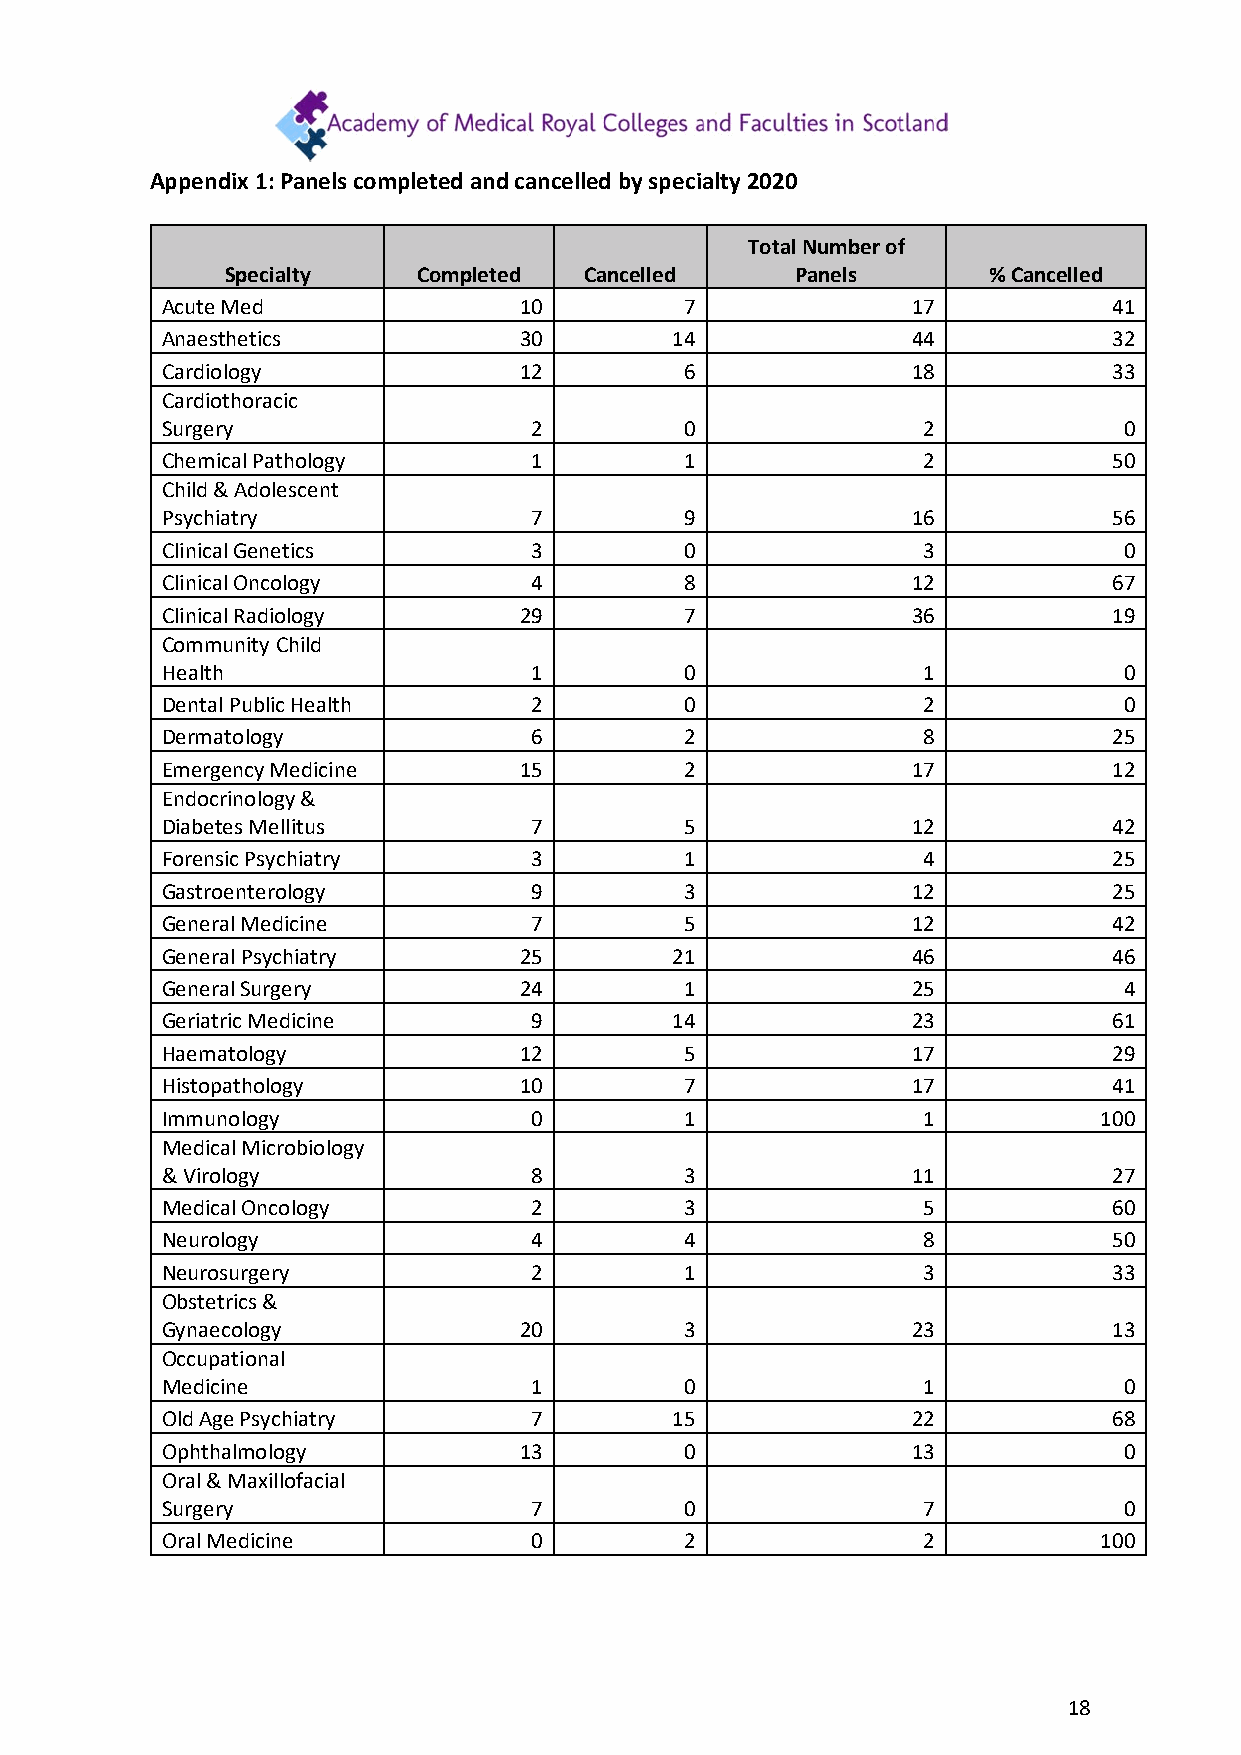
Appendix 1: Panels completed and cancelled by specialty 2020
 Total Number of
 Specialty    Completed  Cancelled     Panels      % Cancelled
 Acute Med              10         7              17            41
 Anaesthetics           30        14              44            32
 Cardiology             12         6              18            33
 Cardiothoracic
 Surgery                 2         0               2            0
 Chemical Pathology      1         1               2            50
 Child & Adolescent
 Psychiatry              7         9              16            56
 Clinical Genetics       3         0               3            0
 Clinical Oncology       4         8              12            67
 Clinical Radiology     29         7              36            19
 Community Child
 Health                  1         0               1            0
 Dental Public Health    2         0               2            0
 Dermatology             6         2               8            25
 Emergency Medicine     15         2              17            12
 Endocrinology &
 Diabetes Mellitus       7         5              12            42
 Forensic Psychiatry     3         1               4            25
 Gastroenterology        9         3              12            25
 General Medicine        7         5              12            42
 General Psychiatry     25        21              46            46
 General Surgery        24         1              25            4
 Geriatric Medicine      9        14              23            61
 Haematology            12         5              17            29
 Histopathology         10         7              17            41
 Immunology              0         1               1           100
 Medical Microbiology
 & Virology              8         3              11            27
 Medical Oncology        2         3               5            60
 Neurology               4         4               8            50
 Neurosurgery            2         1               3            33
 Obstetrics &
 Gynaecology            20         3              23            13
 Occupational
 Medicine                1         0               1            0
 Old Age Psychiatry      7        15              22            68
 Ophthalmology          13         0              13            0
 Oral & Maxillofacial
 Surgery                 7         0               7            0
 Oral Medicine           0         2               2           100
 18